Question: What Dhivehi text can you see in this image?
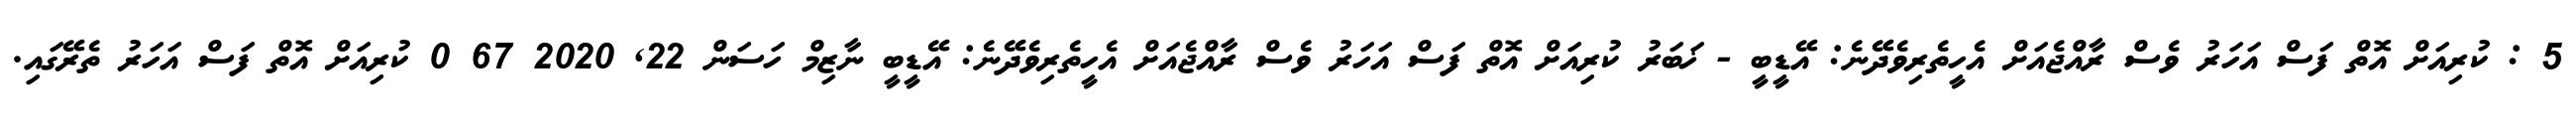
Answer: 5 : ކުރިއަށް އޮތް ފަސް އަހަރު ވެސް ރާއްޖެއަށް އެހީތެރިވެދޭނެ: އޭޑީބީ - ޚަބަރު ކުރިއަށް އޮތް ފަސް އަހަރު ވެސް ރާއްޖެއަށް އެހީތެރިވެދޭނެ: އޭޑީބީ ނާޒިމް ހަސަން 22, 2020 67 0 ކުރިއަށް އޮތް ފަސް އަހަރު ތެރޭގައި.